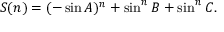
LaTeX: S ( n ) = ( - \sin { A } ) ^ { n } + \sin ^ { n } { B } + \sin ^ { n } { C } .